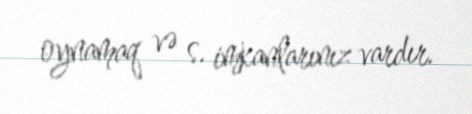
oynamaq və s. imkanlarınız vardır.